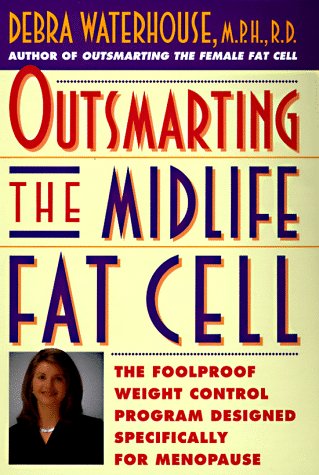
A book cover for Outsmarting the Midlife Fat Cell: Winning Weight Control Strategies for Women Over 35 to Stay Fit Through Menopause; Debra Waterhouse; Health, Fitness & Dieting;